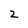
Character: 2